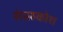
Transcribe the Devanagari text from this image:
संग्रहकोश